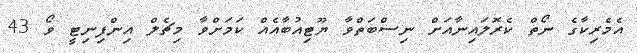
އެމެރިކާގެ ނޯތް ކެރޮލައިނާއަށް ނިސްބަތްވާ ޔޫޓިއުބާއެއް ކަމަށްވާ މިޗެލް އިންފިނިޓީ ވޯ 43